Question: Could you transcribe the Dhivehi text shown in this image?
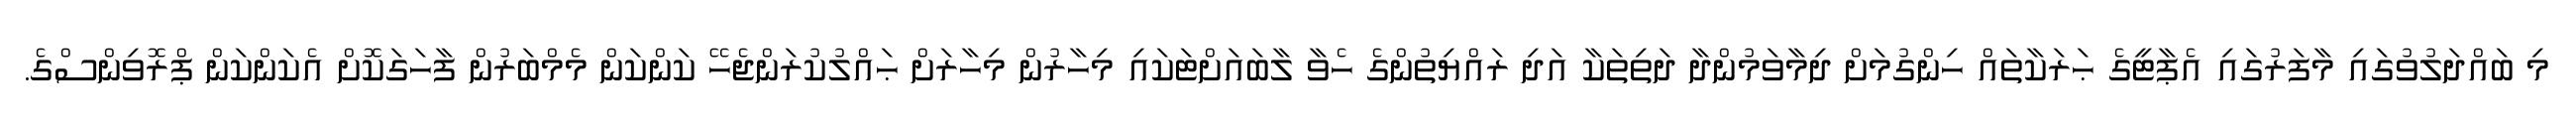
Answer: މި ބައްދަލުވުގައި މާފަރުގައި އެޕާޓީގެ ޙަރަކާތައް ހިންގުމަށް ދިމާވަމުންދާ ދަތިތަކާ އަދި ރައްޔިތުންގެ ހެވާ ލާބައަށްޓަކައި މިހާރުން މިހާރަށް ޙައްލުކުރަންޖެހޭ ކަންކަން މެމްބަރުން ފާހަގަކޮށް އެކަންކަން ޕްރޮވިންސްގެ.